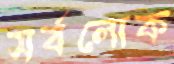
সর্বলোক